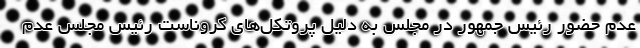
عدم حضور رئیس جمهور در مجلس به دلیل پروتکل‌های کروناست رئیس مجلس عدم